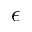
\epsilon